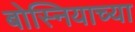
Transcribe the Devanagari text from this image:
बोस्नियाच्या